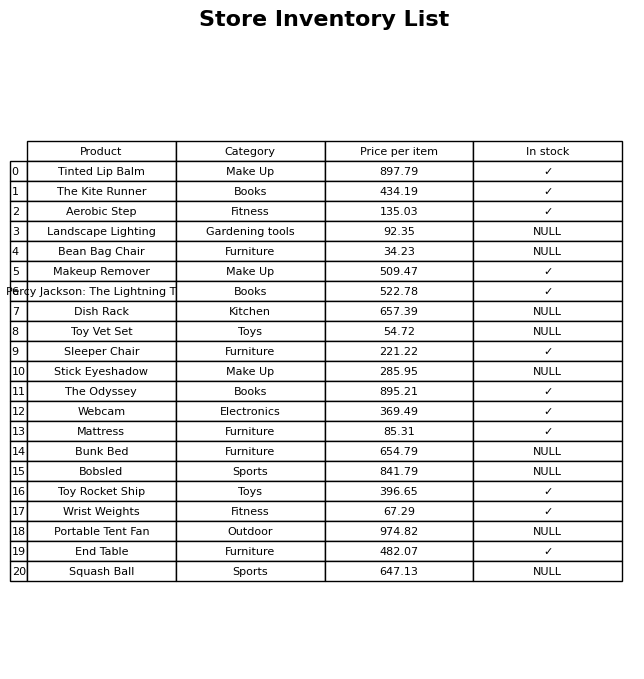
question: What is the price for Sleeper Chair?
answer: The price of Sleeper Chair is 221.22.